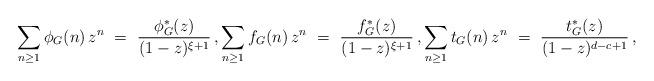
LaTeX: \begin{align*} \sum_{ n \ge 1 } \phi_G(n) \, z^n \ = \ \frac{ \phi^*_G(z) }{ (1-z)^{ \xi + 1 } } \, , \sum_{ n \ge 1 } f_G(n) \, z^n \ = \ \frac{ f^*_G(z) }{ (1-z)^{ \xi + 1 } } \, , \sum_{ n \ge 1 } t_G(n) \, z^n \ = \ \frac{ t^*_G(z) }{ (1-z)^{ d - c + 1 } } \, ,\end{align*}